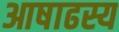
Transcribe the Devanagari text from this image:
आषाढस्य